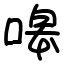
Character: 嗥